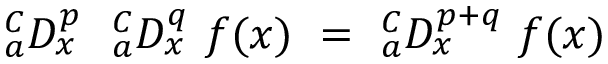
{ } _ { a } ^ { C } D _ { x } ^ { p } ~ ~ { } _ { a } ^ { C } D _ { x } ^ { q } ~ f ( x ) ~ = ~ { } _ { a } ^ { C } D _ { x } ^ { p + q } ~ f ( x )